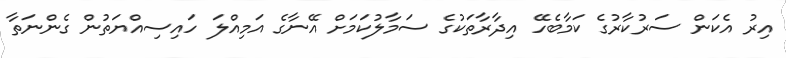
އިރު އެކަން ސަރުކާރުގެ ކަމާބެހޭ އިދާރާތަކުގެ ސަމާލުކަމަށް އޭނާގެ އަމިއްލަ ހައިސިއްޔަތުން ގެންނަތާ